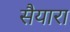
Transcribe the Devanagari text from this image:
सैयारा